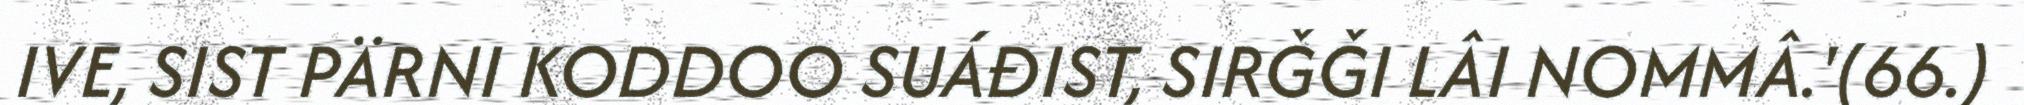
IVE, SIST PÄRNI KODDOO SUÁĐIST, SIRǦǦI LÂI NOMMÂ.'(66.)